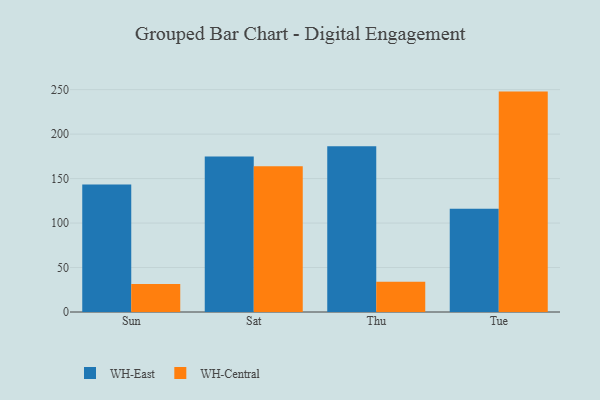
{"axis": {"x": "Day", "y": "LTV (USD)"}, "legend": ["WH-Central", "WH-East"], "data": [{"x": "Sun", "y": 143.3, "type": "WH-East"}, {"x": "Sun", "y": 31.6, "type": "WH-Central"}, {"x": "Sat", "y": 174.7, "type": "WH-East"}, {"x": "Sat", "y": 164.0, "type": "WH-Central"}, {"x": "Thu", "y": 186.3, "type": "WH-East"}, {"x": "Thu", "y": 34.1, "type": "WH-Central"}, {"x": "Tue", "y": 116.2, "type": "WH-East"}, {"x": "Tue", "y": 247.8, "type": "WH-Central"}]}